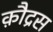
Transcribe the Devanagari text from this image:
क़ौद्रस